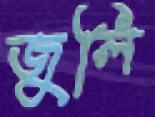
জুলি